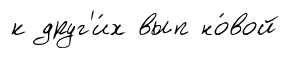
к друг'и́х вып но́вой